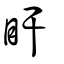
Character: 盰